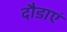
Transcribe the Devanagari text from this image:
दौडाएं